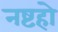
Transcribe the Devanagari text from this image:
नष्टहो